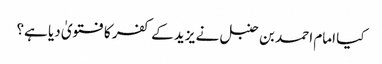
کیا امام احمد بن حنبل نے یزید کے کفر کا فتویٰ دیا ہے؟